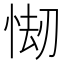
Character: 㥘